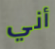
أني